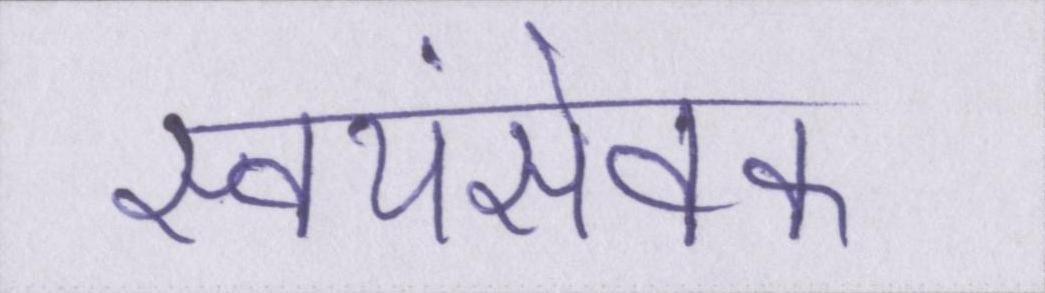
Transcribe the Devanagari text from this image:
स्वयंसेवक